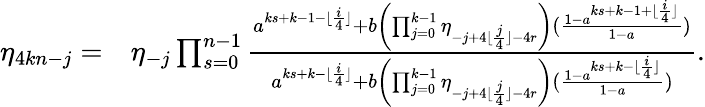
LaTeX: \begin{array}{rl}{\eta_{4kn-j}=}&{\eta_{-j}\prod_{s=0}^{n-1}\frac{a^{ks+k-1-\lfloor\frac{i}{4}\rfloor}+b\left(\prod_{j=0}^{k-1}{\eta_{-j+4\lfloor\frac{j}{4}\rfloor-4r}}\right)(\frac{1-a^{ks+k-1+\lfloor\frac{i}{4}\rfloor}}{1-a})}{a^{ks+k-\lfloor\frac{i}{4}\rfloor}+b\left(\prod_{j=0}^{k-1}{\eta_{-j+4\lfloor\frac{j}{4}\rfloor-4r}}\right)(\frac{1-a^{ks+k-\lfloor\frac{i}{4}\rfloor}}{1-a})}.}\end{array}